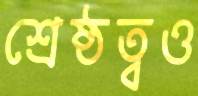
শ্রেষ্ঠত্বও